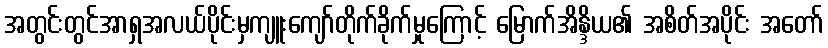
အတွင်းတွင်အာရှအလယ်ပိုင်းမှကျူးကျော်တိုက်ခိုက်မှုကြောင့် မြောက်အိန္ဒိယ၏ အစိတ်အပိုင်း အတော်